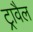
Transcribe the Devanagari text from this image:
ट्रावैल